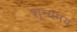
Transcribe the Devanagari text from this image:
शून्यमय